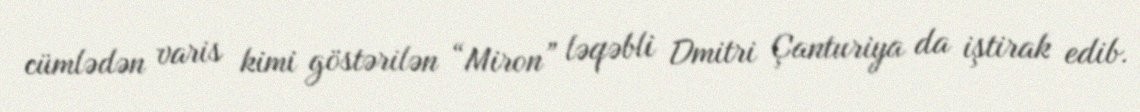
cümlədən varis kimi göstərilən “Miron” ləqəbli Dmitri Çanturiya da iştirak edib.